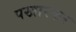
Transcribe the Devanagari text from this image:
पखारकर